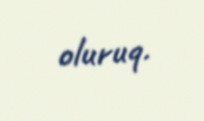
oluruq.